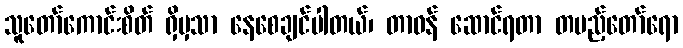
သူတော်ကောင်းစိတ် ရှိမှသာ နေစေချင်ပါတယ်၊ တာဝန် ဆောင်ရတာ တပည့်တော်ရော